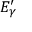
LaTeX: E _ { \gamma } ^ { \prime }